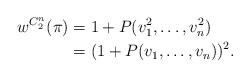
LaTeX: \begin{align*}w^{C_2^n}(\pi) &= 1+ P(v_1^2, \ldots, v_n^2)\\&=(1 + P(v_1, \ldots, v_n))^2. \end{align*}